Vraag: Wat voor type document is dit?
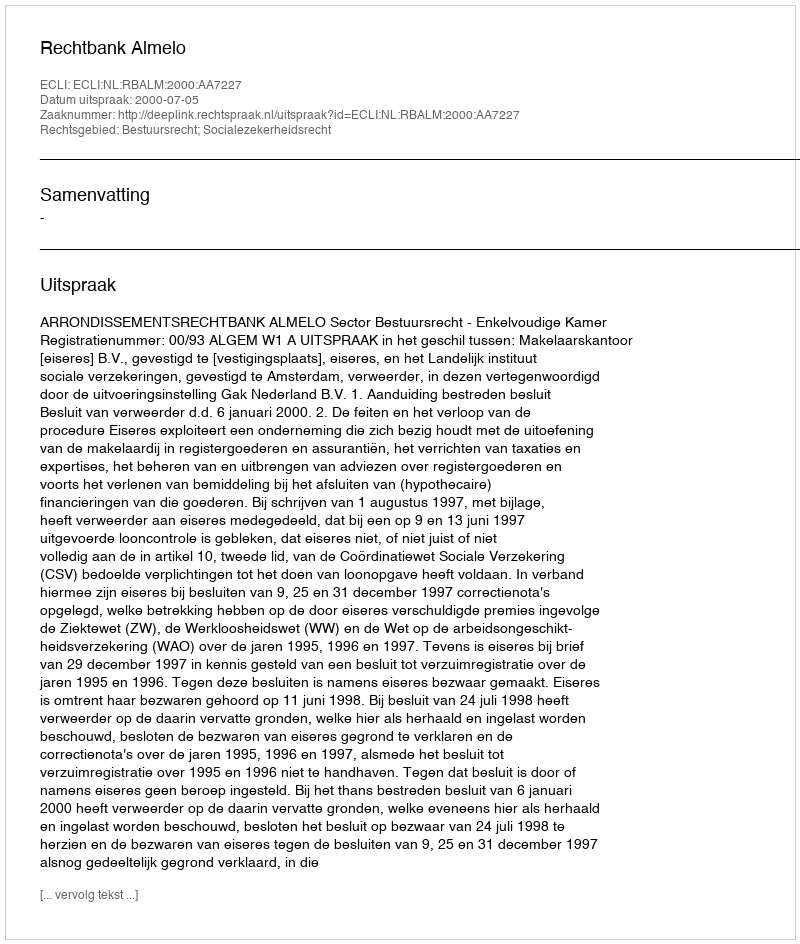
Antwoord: Uitspraak